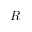
\boldsymbol { R }